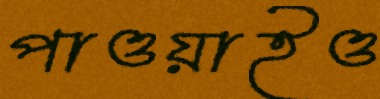
পাওয়াইও